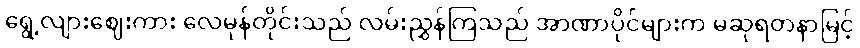
ရွေ့လျားဈေးကား လေမုန်တိုင်းသည် လမ်းညွှန်ကြသည် အာဏာပိုင်များက မဆုရတနာမြင့်